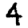
Digit: 4